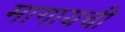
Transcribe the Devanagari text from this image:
मागायची